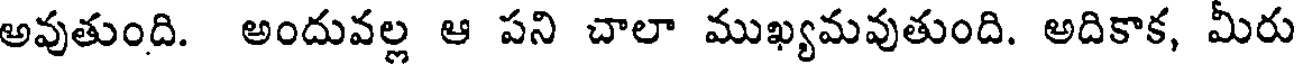
అవుతుంది. అందువల్ల ఆ పని చాలా ముఖ్యమవుతుంది. అదికాక, మీరు